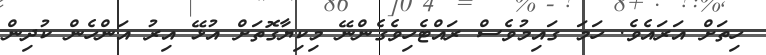
ހިތަށް އަރައެވެ. ހަމަ ގައިމުވެސް ރައްޓެހިވެގެންނޭ މިކިޔާގޮތަށް އުޅޭ އިރު އަންހެން ކުދިން